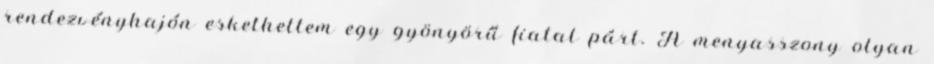
rendezvényhajón eskethettem egy gyönyörű fiatal párt. A menyasszony olyan